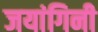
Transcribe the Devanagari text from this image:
जयांगिनी